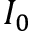
I _ { 0 }